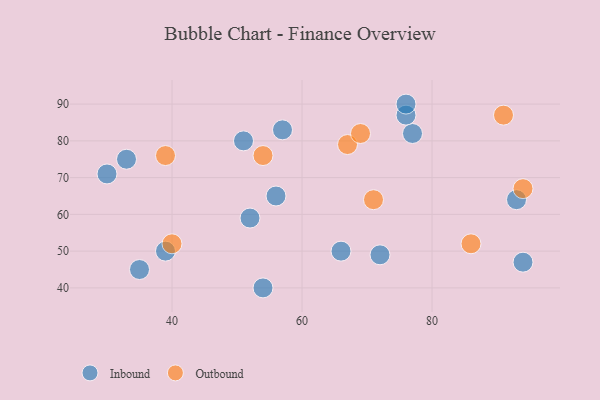
{"axis": {"x": "GDP", "y": "Life Expectancy"}, "legend": ["Inbound", "Outbound"], "data": [{"x": "77", "y": 82, "type": "Inbound"}, {"x": "52", "y": 59, "type": "Inbound"}, {"x": "30", "y": 71, "type": "Inbound"}, {"x": "56", "y": 65, "type": "Inbound"}, {"x": "72", "y": 49, "type": "Inbound"}, {"x": "94", "y": 47, "type": "Inbound"}, {"x": "76", "y": 87, "type": "Inbound"}, {"x": "35", "y": 45, "type": "Inbound"}, {"x": "93", "y": 64, "type": "Inbound"}, {"x": "57", "y": 83, "type": "Inbound"}, {"x": "39", "y": 50, "type": "Inbound"}, {"x": "66", "y": 50, "type": "Inbound"}, {"x": "54", "y": 40, "type": "Inbound"}, {"x": "51", "y": 80, "type": "Inbound"}, {"x": "33", "y": 75, "type": "Inbound"}, {"x": "76", "y": 90, "type": "Inbound"}, {"x": "94", "y": 67, "type": "Outbound"}, {"x": "40", "y": 52, "type": "Outbound"}, {"x": "67", "y": 79, "type": "Outbound"}, {"x": "86", "y": 52, "type": "Outbound"}, {"x": "54", "y": 76, "type": "Outbound"}, {"x": "91", "y": 87, "type": "Outbound"}, {"x": "69", "y": 82, "type": "Outbound"}, {"x": "39", "y": 76, "type": "Outbound"}, {"x": "71", "y": 64, "type": "Outbound"}]}